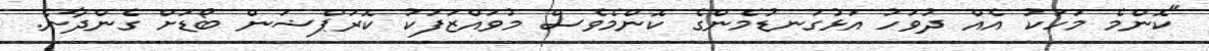
"ކޮންމެ މަހަކު އެއް ދުވަހު އަޅުގަނޑުމެންގެ ކޮންމެވެސް މުވައްޒަފަކު ކޮރަޕްޝަން ބޯޑަށް ގެންދާނެ.